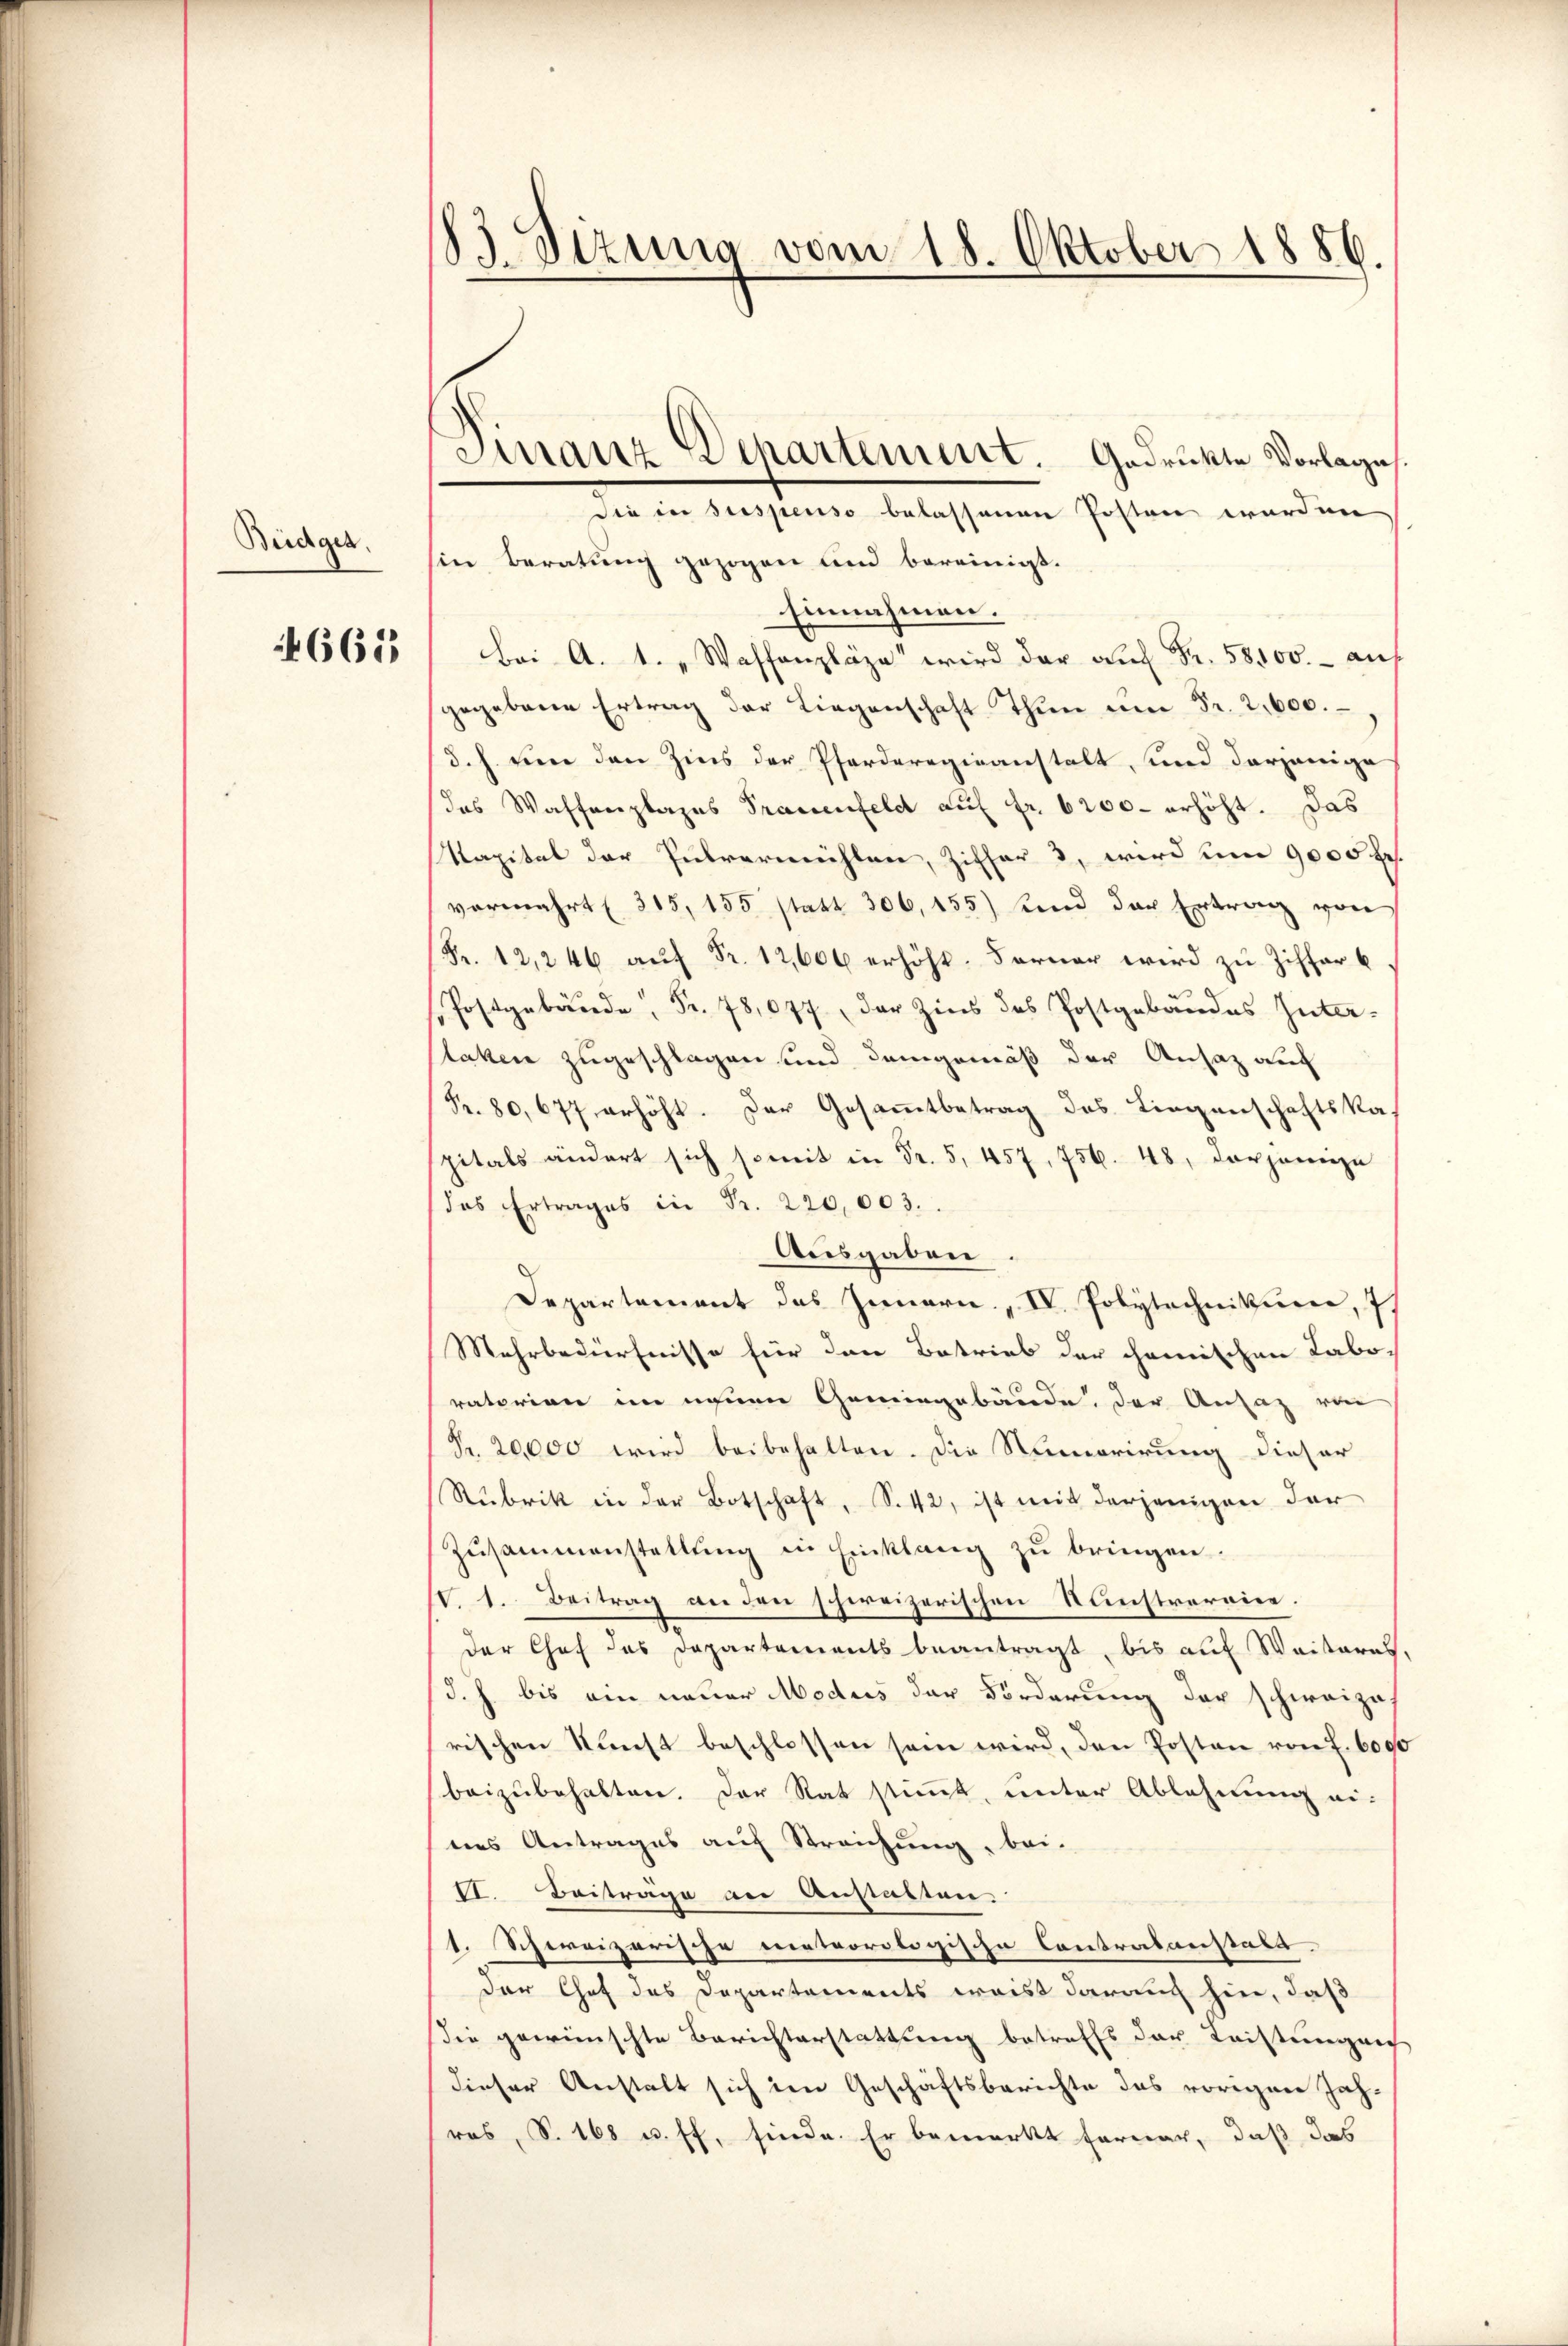
Büdger.
665

83. Sizung vom 18. Oktober 1886.

.
Dinanz Departement. Gadrukte Vorlages.

die in suspenso belassenen Posten worden
hin Beratung gezogen und bereinigt.
Einnahmen.
Bei A. 1. " Waffenpläge wird der auf Fr. 58000.- auf
gegebene Ertrag der Liegenschaft Thun um Fr. 2,000.
d. h. den den Zins der Pferderogieanstalt, und derjenige
das Waffenplages Trauenfeld auf fr. 6200 erhöht. Das
apital der Pulvermühlen, Ziffer 3, wird um 9000 fr.
vermehrt (315, 155 statt 306, 155) und der Ertrag von
(Fr. 12, 246 auf Fr. 12,606 erhöht. Ferner wird zu Ziffer b
.
laken zugeschlagen und demgemäß der Ansatz auc
Fr. 80,677 erhöht. Der Gesammtbetrag des Liegenschaftska
pitals ändert sich somit in Fr. 5, 457, 756. 48, derjenige
das Ertrages in Fr. 220,003.
Ausgaben
Departement des Innern „ IV. Polytechnikum, 7
Mehrbedürfnisse für den Betrieb der chemischen Laboratorien im einen Gemeingebäude, der Ansaz von
Fr. 20,000 wird beibehalten. Die Numerirung dieser
Rubrik in der Botschaft, S. 42, ist mit derjenigen der
Zŭsammenstellŭng in Einklang zu bringen.
VV. 1. Beitrag an den schweizerischen Kunstreroire.
der Chef das Departements beantragt, bis auf Weiteres,
d. h. bis ein neuer Modus der Förderung der schweizerischen Kunst beschlossen sein wird, den Posten von f. 6000
beizubehalten. Der Rat stimmt, unter Ablehnung ei-
nes Antrages auf Streichung, bei.
1. Beiträge an Anstatten.
1. Schweizerische meteorologische Contralanstalt.
der Chef des Departements weist darauf hier, daß
die gewünschte Berichterstattung betreffs der Leistungen
dieser Anstalt sich im Geschäftsberichte das vorigen Jah-
ros, S. 168 u. ff. finde. Er bemerkt ferner, daß das